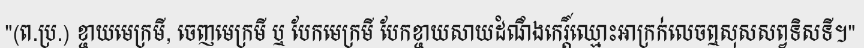
"(ព.ប្រ.) ខ្ចាយមេក្រមី, ចេញមេក្រមី ឬ បែកមេក្រមី បែកខ្ចាយសាយដំណឹងកេរ្តិ៍ឈ្មោះអាក្រក់លេចឮសុសសព្វទិសទី។"